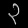
Digit: ၃